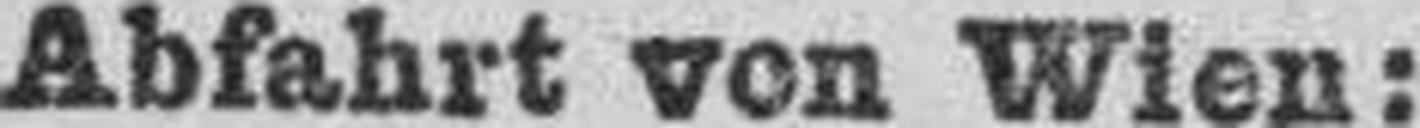
Abfahrt von Wien: